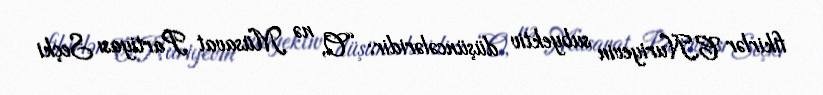
fikirlər C.Nuriyevin subyektiv düşüncələridir: “O, nə Müsavat Partiyası Seçki